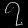
Digit: ၇